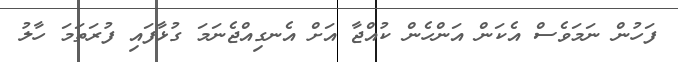
ފަހުން ނަމަވެސް އެކަން އަންހެން ކުއްޖާ އަށް އެނގިއްޖެނަމަ ގުޅާފައި ފުރަތަމަ ހާލު